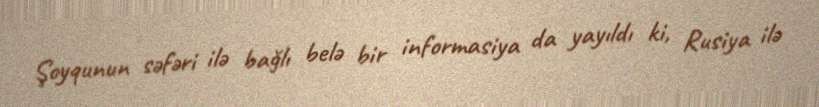
Şoyqunun səfəri ilə bağlı belə bir informasiya da yayıldı ki, Rusiya ilə